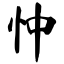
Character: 忡